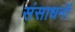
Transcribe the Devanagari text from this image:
संसाधनॉ